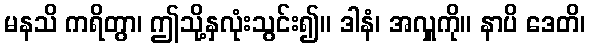
မနသိ ကရိတွာ၊ ဤသို့နှလုံးသွင်း၍။ ဒါနံ၊ အလှူကို။ နာပိ ဒေတိ၊